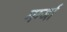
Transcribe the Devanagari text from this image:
मर्ग्जा